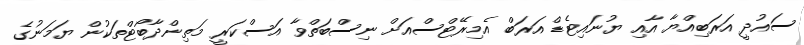
ސައުދީ އަރަބިއްޔާ އާއި ޔުނައިޓެޑް އަރަބް އެމިރޭޓްސްއަށް ނިސްބަތްވާ އަސްކަރީ މަތިންދާބޯޓްތަކުން ޔަމަނުގެ